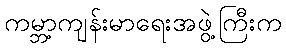
ကမ္ဘာ့ကျန်းမာရေးအဖွဲ့ကြီးက